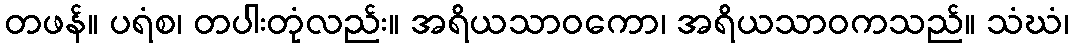
တဖန်။ ပရံစ၊ တပါးတုံလည်း။ အရိယသာဝကော၊ အရိယသာဝကသည်။ သံဃံ၊